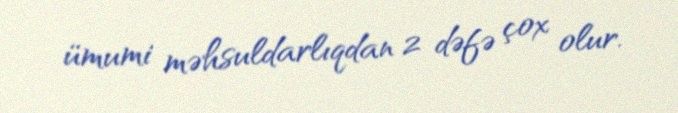
ümumi məhsuldarlıqdan 2 dəfə çox olur.